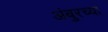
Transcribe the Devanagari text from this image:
अंबुरच्या